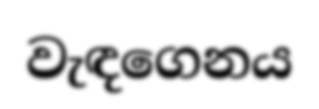
වැඳගෙනය